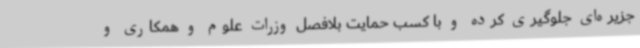
جزیره‌ای جلوگیری کرده و با کسب حمایت بلافصل وزرات علوم و همکاری و